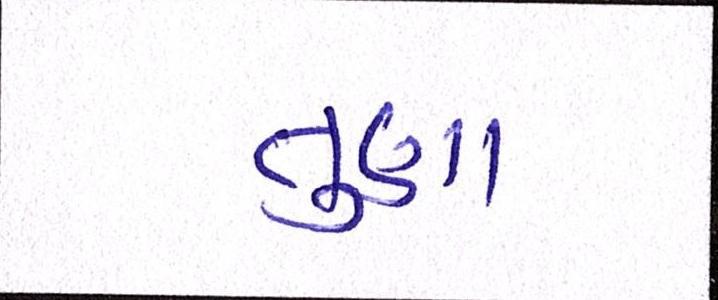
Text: તુણા